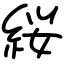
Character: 䋝